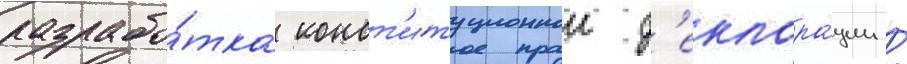
разрабо́тка конст'итуционнои д'еклара́ции /